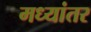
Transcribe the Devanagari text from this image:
मध्‍यांतर